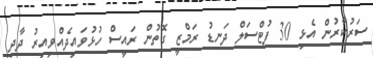
ސަރުކާރުން އެޅި 30 ފުޓްސަލް ދަނޑު ރަމްޒީ ގޮތުން ރައީސް ހުޅުވައިދެއްވިއިރު ދާދި